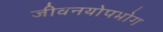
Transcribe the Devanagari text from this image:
जीवनयोपभोग